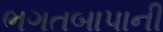
ભગતબાપાની